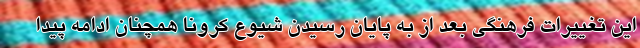
این تغییرات فرهنگی بعد از به پایان رسیدن شیوع کرونا همچنان ادامه پیدا